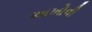
અખોવી